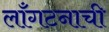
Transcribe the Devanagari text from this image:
लाँगटनाची